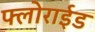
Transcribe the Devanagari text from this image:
फ्लोराईड